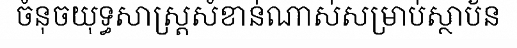
ចំនុចយុទ្ធសាស្ត្រសំខាន់ណាស់សម្រាប់ស្ថាប័ន